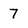
Character: 7